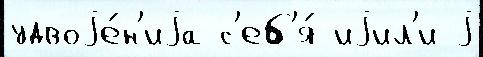
удвоjе́н'иjа с'еб'я́ иjил'и j